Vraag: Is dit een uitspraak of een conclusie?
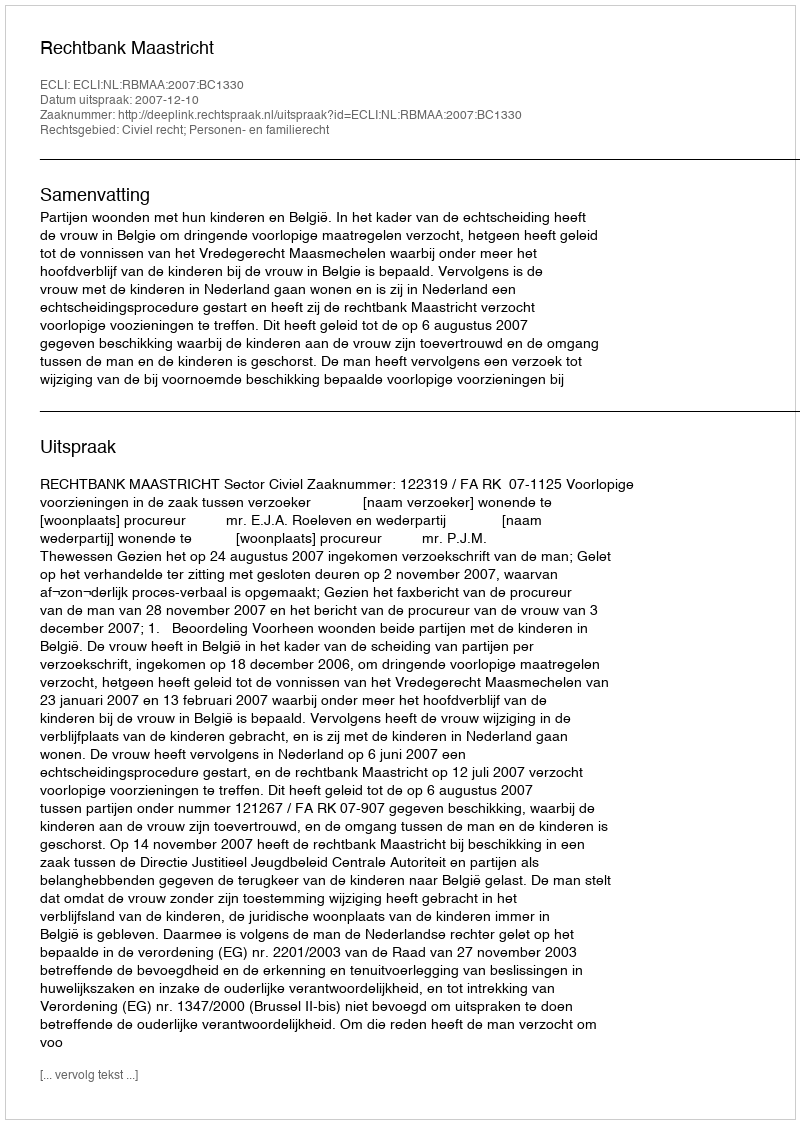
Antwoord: Uitspraak